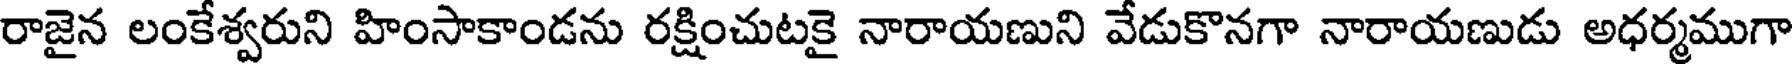
రాజైన లంకేశ్వరుని హింసాకాండను రక్షించుటకై నారాయణుని వేడుకొనగా నారాయణుడు అధర్మముగా